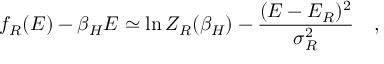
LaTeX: f _ { R } ( E ) - \beta _ { H } E \simeq \ln Z _ { R } ( \beta _ { H } ) - { \frac { ( E - E _ { R } ) ^ { 2 } } { \sigma _ { R } ^ { 2 } } } ~ ~ ~ ,